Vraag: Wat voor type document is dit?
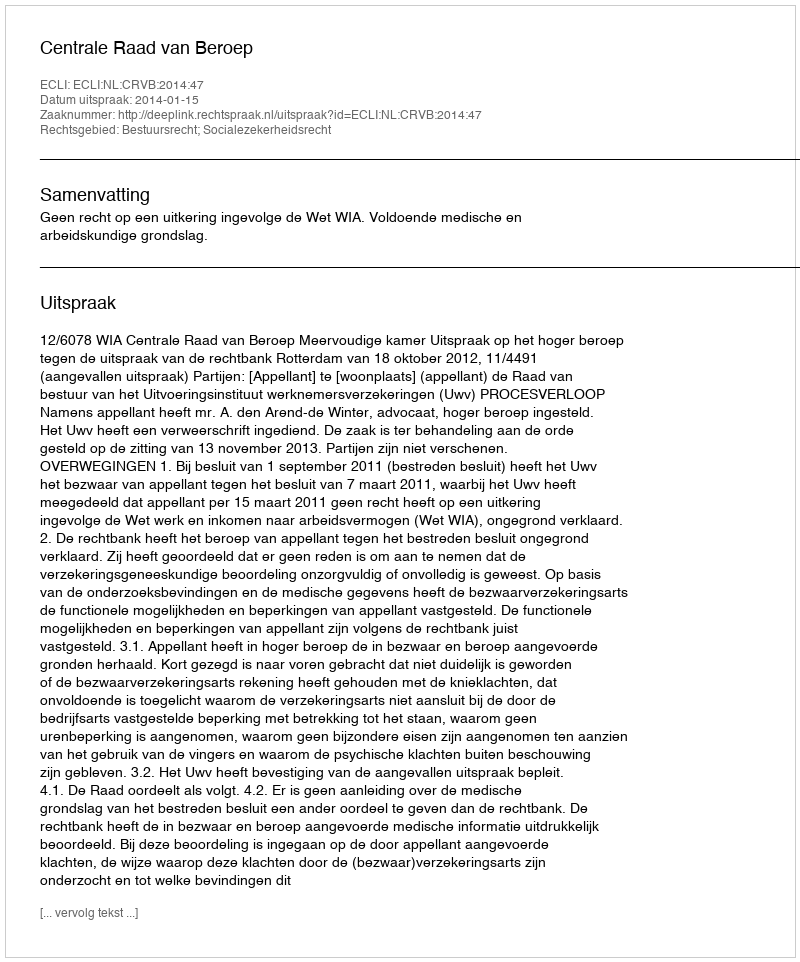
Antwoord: Uitspraak